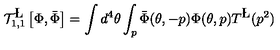
{ \cal T } _ { 1 , 1 } ^ { \L } \left[ \Phi , \bar { \Phi } \right] = \int d ^ { 4 } \theta \int _ { p } \bar { \Phi } ( \theta , - p ) \Phi ( \theta , p ) T ^ { \L } ( p ^ { 2 } )